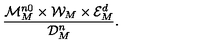
\frac { { \cal M } _ { M } ^ { n 0 } \times { \cal W } _ { M } \times { \cal E } _ { M } ^ { d } } { { \cal D } _ { M } ^ { n } } .